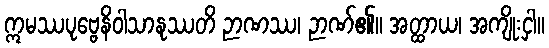
ဣမဿပုဗ္ဗေနိဝါသာနုဿတိ ဉာဏဿ၊ ဉာဏ်၏။ အတ္ထာယ၊ အကျိုးငှါ။